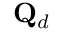
\mathbf { Q } _ { d }